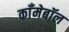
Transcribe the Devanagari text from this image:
काँमेबॉल